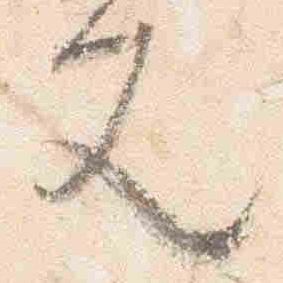
文